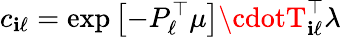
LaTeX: c_{\mathbf{i}\ell}=\exp\left[-P_{\ell}^{\top}\mu\right]\cdotT_{\mathbf{i}\ell}^{\top}\lambda